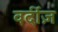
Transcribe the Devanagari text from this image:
वर्दीज़